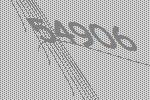
54906